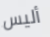
أليس